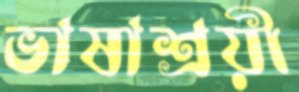
ভাষাশ্রয়ী